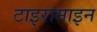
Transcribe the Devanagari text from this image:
टाइरामाइन